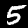
Label: 5